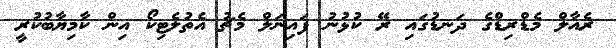
ރެއާލް މެޑްރިޑްގެ ދަނޑުގައި ރޭ ކުޅުނު ފައިނަލް މެޗު އެތުލެޓިކޯ އިން ކާމިޔާބުކުރީ